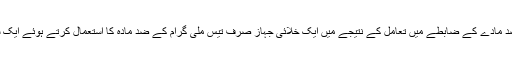
جیکسن نے اندازہ لگایا ہے کہ مادّہ اور ضد مادّے کے ضابطے میں تعامل کے نتیجے میں ایک خلائی جہاز صرف تیس ملی گرام کے ضد مادّہ کا استعمال کرتے ہوئے ایک شمسی بادبان کو پلوٹو تک پہنچا سکتا ہے۔